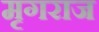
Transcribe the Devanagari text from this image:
मृगराज